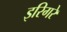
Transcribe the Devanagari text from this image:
इरिगरे